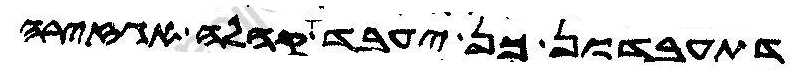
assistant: דתעבדון כן יעבד אה קהלה אגזירה